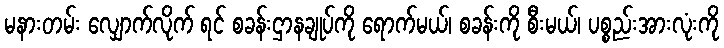
မနားတမ်း လျှောက်လိုက် ရင် စခန်းဌာနချုပ်ကို ရောက်မယ်၊ စခန်းကို စီးမယ်၊ ပစ္စည်းအားလုံးကို